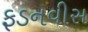
ફડનવીસ